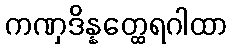
ကဏှဒိန္နတ္ထေရဂါထာ